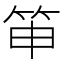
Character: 𥬐